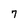
Character: 7